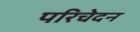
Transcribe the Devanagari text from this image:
परिचेदन